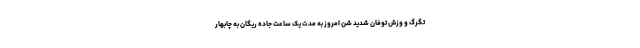
تگرگ و وزش توفان شدید شن امروز به مدت یک ساعت جاده ریگان به چابهار